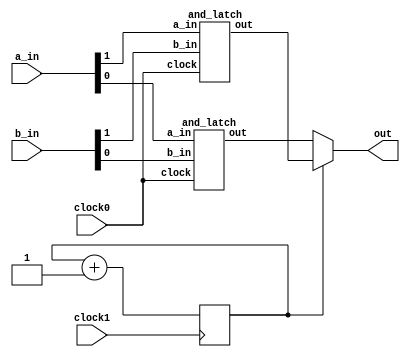
module multiclock_output_and_latch(
    clock0,
    clock1,
	a_in,
	b_in,
	out
);

    // SIGNAL DECLARATIONS
    input   clock0;
    input	clock1;
    input	[1:0]   a_in;
    input	[1:0]   b_in;

    output  out;

    reg wire_selector;
    wire	[1:0]   temp;

    assign out = (wire_selector == 0)? temp[0]: temp[1];

    and_latch and_latch_zero(
        clock0,
        a_in[0],
        b_in[0],
        temp[0]
    );

    and_latch and_latch_one(
        clock0,
        a_in[1],
        b_in[1],
        temp[1]
    );

    always @(posedge clock1)
    begin
        wire_selector <= wire_selector + 1;
    end

endmodule

module and_latch(
    clock,
	a_in,
	b_in,
	out
);

    // SIGNAL DECLARATIONS
    input	clock;
    input	a_in;
    input	b_in;

    output reg	out;

    // ASSIGN STATEMENTS
    always @(posedge clock)
    begin
        out <= a_in & b_in;
    end

endmodule